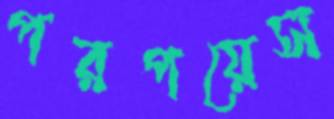
পরপয়েস